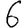
Digit: 6